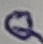
Text: Q